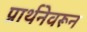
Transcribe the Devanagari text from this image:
प्रार्थनेवरून